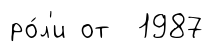
ро́л'и от 1987